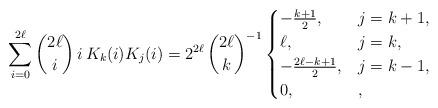
LaTeX: \begin{align*} \sum_{i=0}^{2\ell} \binom{2\ell}{i} \, i\,K_k(i)K_j(i)=2^{2\ell} \, \binom{2\ell}{k}^{-1} \begin{cases} -\frac{k+1}{2},&j=k+1,\\ \ell,& j=k,\\ -\frac{2\ell-k+1}{2},& j=k-1,\\ 0, & ,\end{cases} \end{align*}